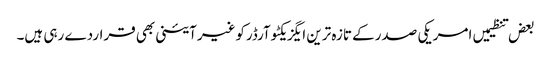
بعض تنظیمیں امریکی صدرکے تازہ ترین ایگزیکٹوآرڈرکوغیرآئینی بھی قراردے رہی ہیں۔